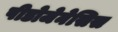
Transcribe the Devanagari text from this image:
पीडोजेनेसिस